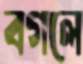
বগলে